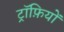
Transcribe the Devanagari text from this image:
ट्रॉफ़ियों